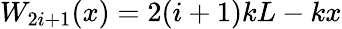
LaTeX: W_{2i+1}(x)=2(i+1)kL-kx